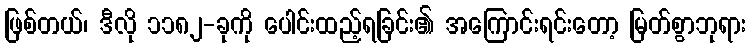
ဖြစ်တယ်၊ ဒီလို ၁၁၈၂-ခုကို ပေါင်းထည့်ရခြင်း၏ အကြောင်းရင်းတော့ မြတ်စွာဘုရား